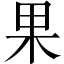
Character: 果